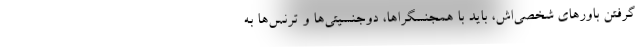
گرفتن باورهای شخصی‌اش، باید با همجنسگراها، دوجنسیتی‌ها و ترنس‌ها به